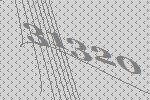
31320